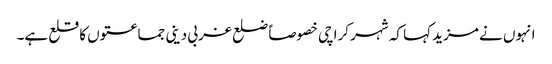
انہوں نے مزید کہا کہ شہر کراچی خصوصاًً ضلع غربی دینی جماعتوں کا قلع ہے۔